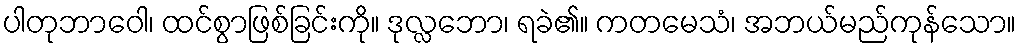
ပါတုဘာဝေါ၊ ထင်စွာဖြစ်ခြင်းကို။ ဒုလ္လဘော၊ ရခဲ၏။ ကတမေသံ၊ အဘယ်မည်ကုန်သော။